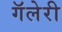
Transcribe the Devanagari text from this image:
गॅलेरी